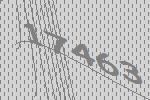
17463